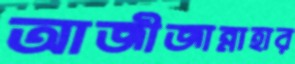
আজীজান্নাহার